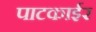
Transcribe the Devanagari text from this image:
पाटकाईर